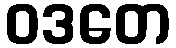
ဝဒတေ